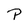
Character: P